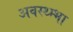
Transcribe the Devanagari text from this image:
अवस्थ्म्भा